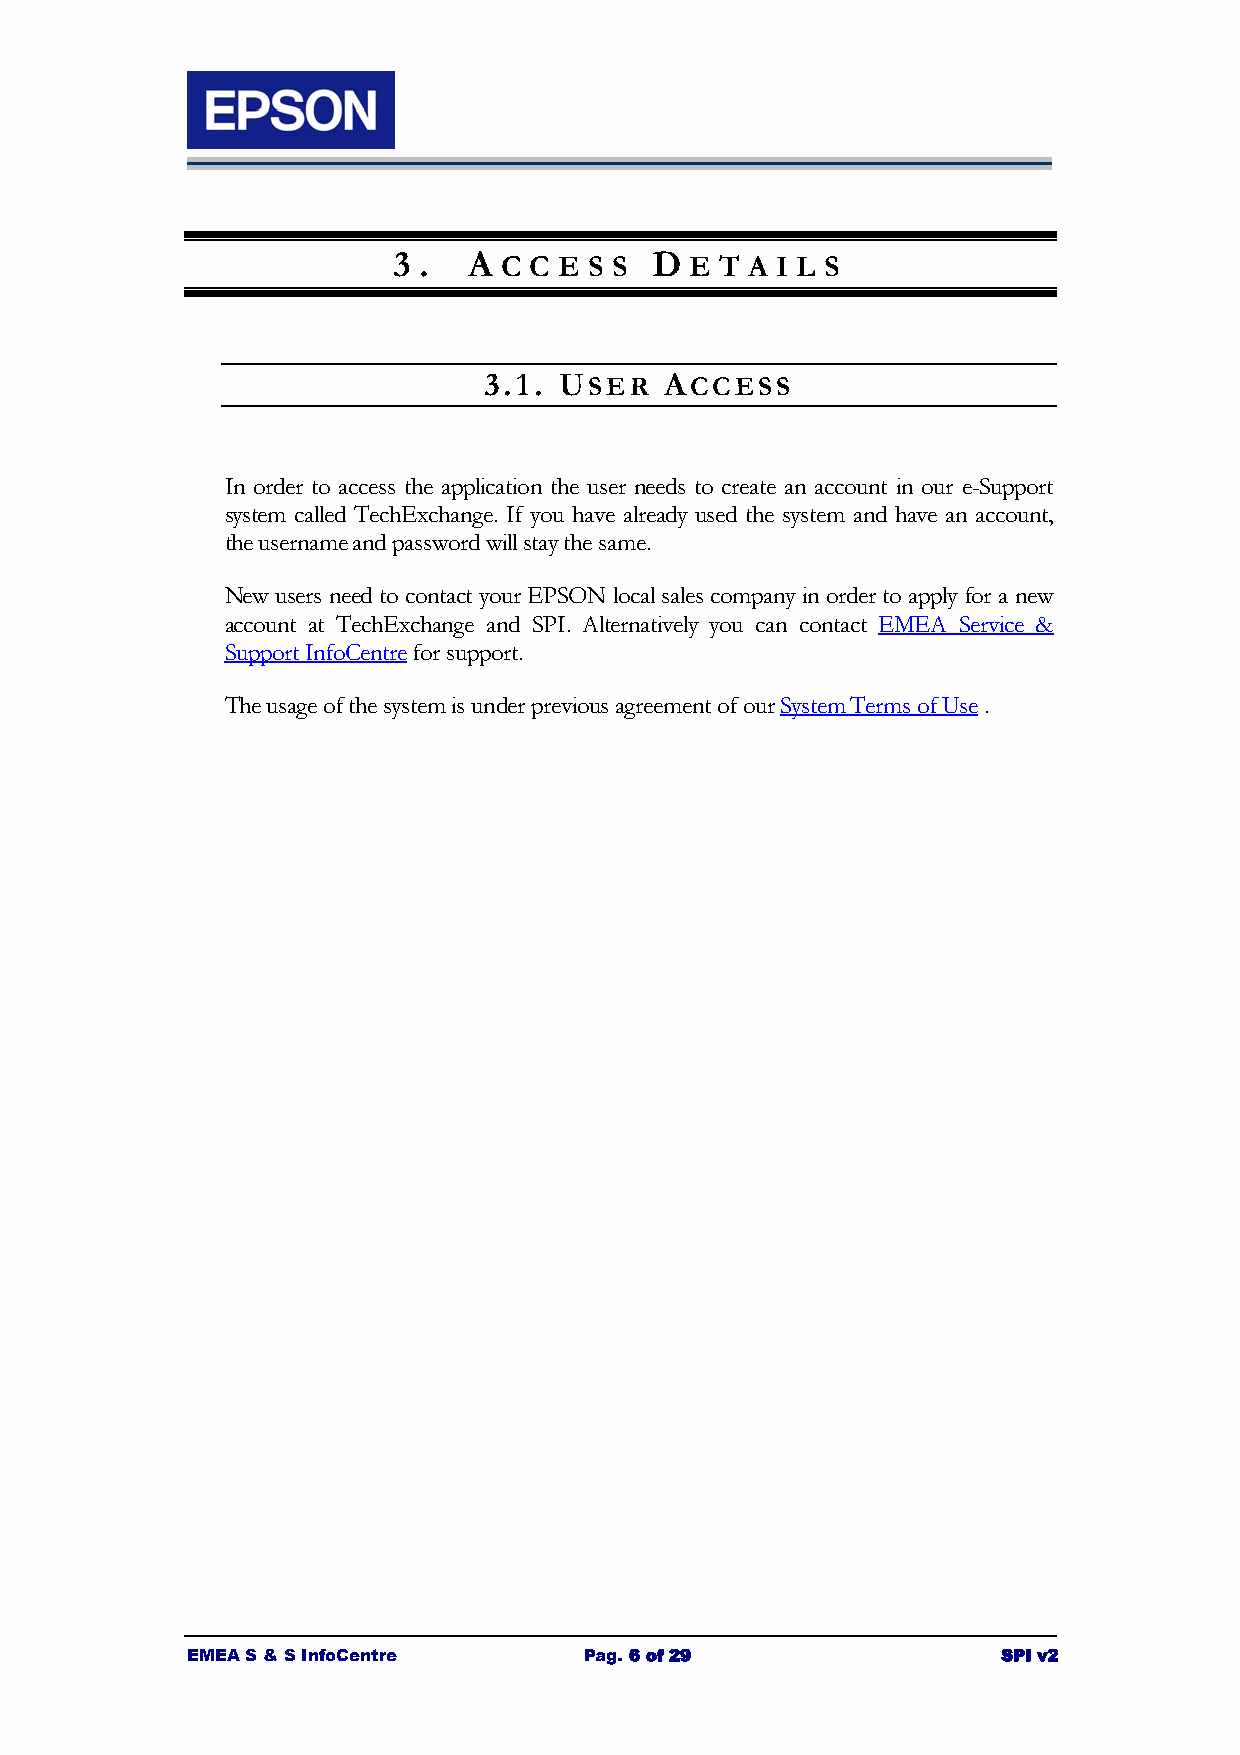
3 .  A C C E S S D  E T A I L S
 3.1. USER   ACCESS
 In order to access the application the user needs to create an account in our e-Support
 system called TechExchange. If you have already used the system and have an account,
 the username and password will stay the same.
 New users need to contact your EPSON local sales company in order to apply for a new
 account at TechExchange and SPI. Alternatively you can contact EMEA Service &
 Support InfoCentre for support.
 The usage of the system is under previous agreement of our System Terms of Use .
 EMEA S & S InfoCentre      Pag. 6 of 29               SPI v2